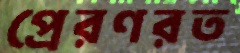
প্রেরণরত